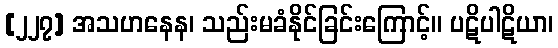
[၂၂၇] အသဟနေန၊ သည်းမခံနိုင်ခြင်းကြောင့်။ ပဋိပါဋိယာ၊